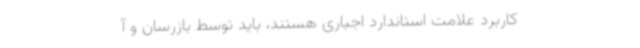
کاربرد ‌علامت ‌استاندارد ‌اجباری ‌هستند، باید توسط‌ بازرسان ‌و ‌آ